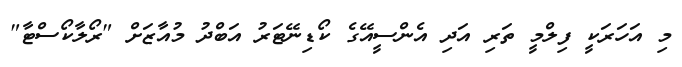
މި އަހަރަކީ ފިލްމީ ތަރި އަދި އެންސީއޭގެ ކޯޑިނޭޓަރު އަބްދު މުއާޒަށް "ރޯލާކޯސްޓާ"